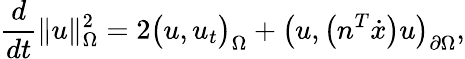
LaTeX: \frac{d}{dt}\| u\| _{\Omega}^{2}=2\big(u,u_{t}\big)_{\Omega}+\big(u,\big(n^{T}\dot{x}\big)u\big)_{\partial\Omega},